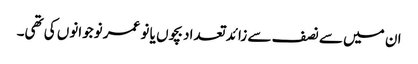
ان میں سے نصف سے زائد تعداد بچوں یا نو عمر نوجوانوں کی تھی۔